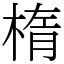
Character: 楕